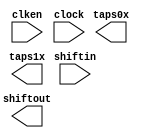
// megafunction wizard: %Shift register (RAM-based)%VBB%
// GENERATION: STANDARD
// VERSION: WM1.0
// MODULE: ALTSHIFT_TAPS 

// ============================================================
// Megafunction Name(s):
// 			ALTSHIFT_TAPS
//
// Simulation Library Files(s):
// 			altera_mf
// ============================================================
// ************************************************************
// THIS IS A WIZARD-GENERATED FILE. DO NOT EDIT THIS FILE!
//
// 18.1.0 Build 625 09/12/2018 SJ Lite Edition
// ************************************************************

//Copyright (C) 2018  Intel Corporation. All rights reserved.
//Your use of Intel Corporation's design tools, logic functions 
//and other software and tools, and its AMPP partner logic 
//functions, and any output files from any of the foregoing 
//(including device programming or simulation files), and any 
//associated documentation or information are expressly subject 
//to the terms and conditions of the Intel Program License 
//Subscription Agreement, the Intel Quartus Prime License Agreement,
//the Intel FPGA IP License Agreement, or other applicable license
//agreement, including, without limitation, that your use is for
//the sole purpose of programming logic devices manufactured by
//Intel and sold by Intel or its authorized distributors.  Please
//refer to the applicable agreement for further details.

module shiftram (
	clken,
	clock,
	shiftin,
	shiftout,
	taps0x,
	taps1x);

	input	  clken;
	input	  clock;
	input	[7:0]  shiftin;
	output	[7:0]  shiftout;
	output	[7:0]  taps0x;
	output	[7:0]  taps1x;
`ifndef ALTERA_RESERVED_QIS
// synopsys translate_off
`endif
	tri1	  clken;
`ifndef ALTERA_RESERVED_QIS
// synopsys translate_on
`endif

endmodule

// ============================================================
// CNX file retrieval info
// ============================================================
// Retrieval info: PRIVATE: ACLR NUMERIC "0"
// Retrieval info: PRIVATE: CLKEN NUMERIC "1"
// Retrieval info: PRIVATE: GROUP_TAPS NUMERIC "1"
// Retrieval info: PRIVATE: INTENDED_DEVICE_FAMILY STRING "MAX 10"
// Retrieval info: PRIVATE: NUMBER_OF_TAPS NUMERIC "2"
// Retrieval info: PRIVATE: RAM_BLOCK_TYPE NUMERIC "1"
// Retrieval info: PRIVATE: SYNTH_WRAPPER_GEN_POSTFIX STRING "0"
// Retrieval info: PRIVATE: TAP_DISTANCE NUMERIC "640"
// Retrieval info: PRIVATE: WIDTH NUMERIC "8"
// Retrieval info: LIBRARY: altera_mf altera_mf.altera_mf_components.all
// Retrieval info: CONSTANT: INTENDED_DEVICE_FAMILY STRING "MAX 10"
// Retrieval info: CONSTANT: LPM_HINT STRING "RAM_BLOCK_TYPE=M9K"
// Retrieval info: CONSTANT: LPM_TYPE STRING "altshift_taps"
// Retrieval info: CONSTANT: NUMBER_OF_TAPS NUMERIC "2"
// Retrieval info: CONSTANT: TAP_DISTANCE NUMERIC "640"
// Retrieval info: CONSTANT: WIDTH NUMERIC "8"
// Retrieval info: USED_PORT: clken 0 0 0 0 INPUT VCC "clken"
// Retrieval info: USED_PORT: clock 0 0 0 0 INPUT NODEFVAL "clock"
// Retrieval info: USED_PORT: shiftin 0 0 8 0 INPUT NODEFVAL "shiftin[7..0]"
// Retrieval info: USED_PORT: shiftout 0 0 8 0 OUTPUT NODEFVAL "shiftout[7..0]"
// Retrieval info: USED_PORT: taps0x 0 0 8 0 OUTPUT NODEFVAL "taps0x[7..0]"
// Retrieval info: USED_PORT: taps1x 0 0 8 0 OUTPUT NODEFVAL "taps1x[7..0]"
// Retrieval info: CONNECT: @clken 0 0 0 0 clken 0 0 0 0
// Retrieval info: CONNECT: @clock 0 0 0 0 clock 0 0 0 0
// Retrieval info: CONNECT: @shiftin 0 0 8 0 shiftin 0 0 8 0
// Retrieval info: CONNECT: shiftout 0 0 8 0 @shiftout 0 0 8 0
// Retrieval info: CONNECT: taps0x 0 0 8 0 @taps 0 0 8 0
// Retrieval info: CONNECT: taps1x 0 0 8 0 @taps 0 0 8 8
// Retrieval info: GEN_FILE: TYPE_NORMAL shiftram.v TRUE
// Retrieval info: GEN_FILE: TYPE_NORMAL shiftram.inc FALSE
// Retrieval info: GEN_FILE: TYPE_NORMAL shiftram.cmp FALSE
// Retrieval info: GEN_FILE: TYPE_NORMAL shiftram.bsf FALSE
// Retrieval info: GEN_FILE: TYPE_NORMAL shiftram_inst.v FALSE
// Retrieval info: GEN_FILE: TYPE_NORMAL shiftram_bb.v TRUE
// Retrieval info: LIB_FILE: altera_mf